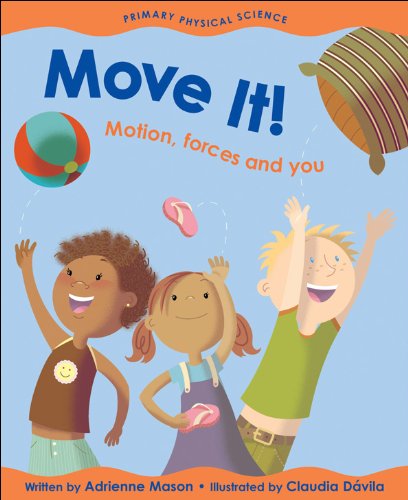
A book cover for Move It!: Motion, Forces and You (Primary Physical Science); Adrienne Mason; Science & Math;